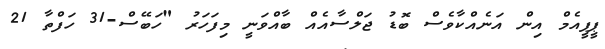
ޕީޕީއެމް އިން އަނެއްކާވެސް ބޮޑު ޖަލްސާއެއް ބާއްވަނީ މިފަހަރު "ހަބޭސް-31 ހަފްތާ 21